Report on the cultivation and use of ganja
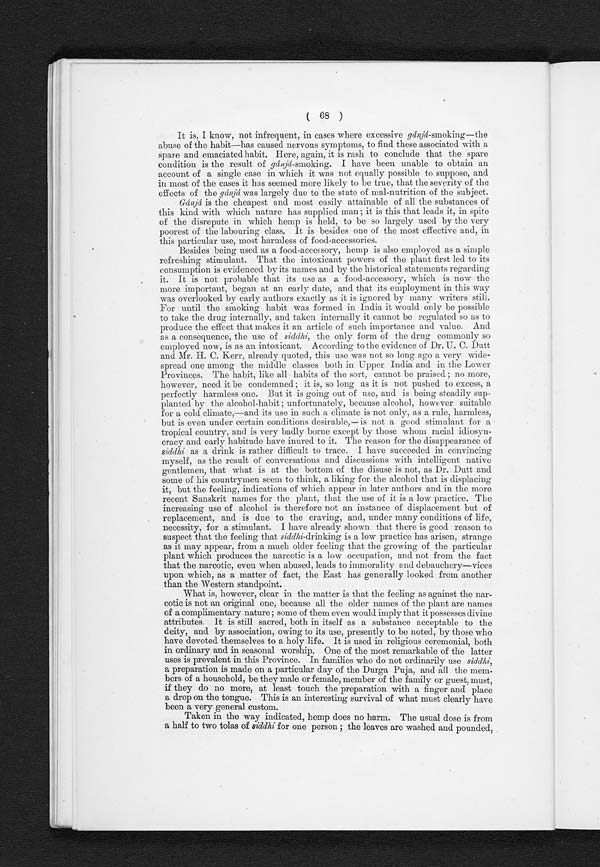
( 68 )
It is, I know, not infrequent, in cases where excessive gánjá-smoking—the
abuse of the habit—has caused nervous symptoms, to find these associated with a
spare and emaciated habit. Here, again, it is rash to conclude that the spare
condition is the result of gánjá-smoking. I have been unable to obtain an
account of a single case in which it was not equally possible to suppose, and
in most of the cases it has seemed more likely to be true, that the severity of the
effects of the gánjá was largely due to the state of mal-nutrition of the subject.
Gánjá is the cheapest and most easily attainable of all the substances of
this kind with which nature has supplied man ; it is this that leads it, in spite
of the disrepute in which hemp is held, to be so largely used by the very
poorest of the labouring class. It is besides one of the most effective and, in
this particular use, most harmless of food-accessories.
Besides being used as a food-accessory, hemp is also employed as a simple
refreshing stimulant. That the intoxicant powers of the plant first led to its
consumption is evidenced by its names and by the historical statements regarding
it. It is not probable that its use as a food-accessory, which is now the
more important, began at an early date, and that its employment in this way
was overlooked by early authors exactly as it is ignored by many writers still.
For until the smoking habit was formed in India it would only be possible
to take the drug internally, and taken internally it cannot be regulated so as to
produce the effect that makes it an article of such importance and value. And
as a consequence, the use of siddhi, the only form of the drug commonly so
employed now, is as an intoxicant. According to the evidence of Dr. U. C. Dutt
and Mr. H. C. Kerr, already quoted, this use was not so long ago a very wide-
spread one among the middle classes both in Upper India and in the Lower
Provinces. The habit, like all habits of the sort, cannot be praised ; no more,
however, need it be condemned ; it is, so long as it is not pushed to excess, a
perfectly harmless one. But it is going out of use, and is being steadily sup-
planted by the alcohol-habit ; unfortunately, because alcohol, however suitable
for a cold climate,—and its use in such a climate is not only, as a rule, harmless,
but is even under certain conditions desirable,—is not a good stimulant for a
tropical country, and is very badly borne except by those whom racial idiosyn-
cracy and early habitude have inured to it. The reason for the disappearance of
siddhi as a drink is rather difficult to trace. I have succeeded in convincing
myself, as the result of conversations and discussions with intelligent native
gentlemen, that what is at the bottom of the disuse is not, as Dr. Dutt and
some of his countrymen seem to think, a liking for the alcohol that is displacing
it, but the feeling, indications of which appear in later authors and in the more
recent Sanskrit names for the plant, that the use of it is a low practice. The
increasing use of alcohol is therefore not an instance of displacement but of
replacement, and is due to the craving, and, under many conditions of life,
necessity, for a stimulant. I have already shown that there is good reason to
suspect that the feeling that siddhi-drinking is a low practice has arisen, strange
as it may appear, from a much older feeling that the growing of the particular
plant which produces the narcotic is a low occupation, and not from the fact
that the narcotic, even when abused, leads to immorality and debauchery—vices
upon which, as a matter of fact, the East has generally looked from another
than the Western standpoint.
What is, however, clear in the matter is that the feeling as against the nar-
cotic is not an original one, because all the older names of the plant are names
of a complimentary nature; some of them even would imply that it possesses divine
attributes. It is still sacred, both in itself as a substance acceptable to the
deity, and by association, owing to its use, presently to be noted, by those who
have devoted themselves to a holy life. It is used in religious ceremonial, both
in ordinary and in seasonal worship. One of the most remarkable of the latter
uses is prevalent in this Province. In families who do not ordinarily use siddhi,
a preparation is made on a particular day of the Durga Puja, and all the mem-
bers of a household, be they male or female, member of the family or guest, must,
if they do no more, at least touch the preparation with a finger and place
a drop on the tongue. This is an interesting survival of what must clearly have
been a very general custom.
Taken in the way indicated, hemp does no harm. The usual dose is from
a half to two tolas of siddhi for one person; the leaves are washed and pounded,